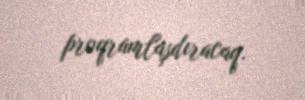
proqramlaşdıracaq.